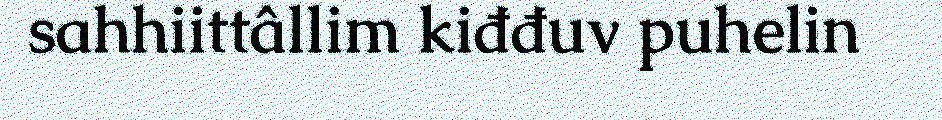
sahhiittâllim kiđđuv puhelin